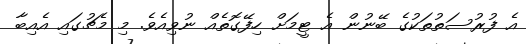
އެ ފުރުސަތުތަކުގެ ބޭނުން އެ ޓީމަށް ހިފޭގޮތެއް ނުވިއެވެ. މި މެޗުގައި އެއިބާ